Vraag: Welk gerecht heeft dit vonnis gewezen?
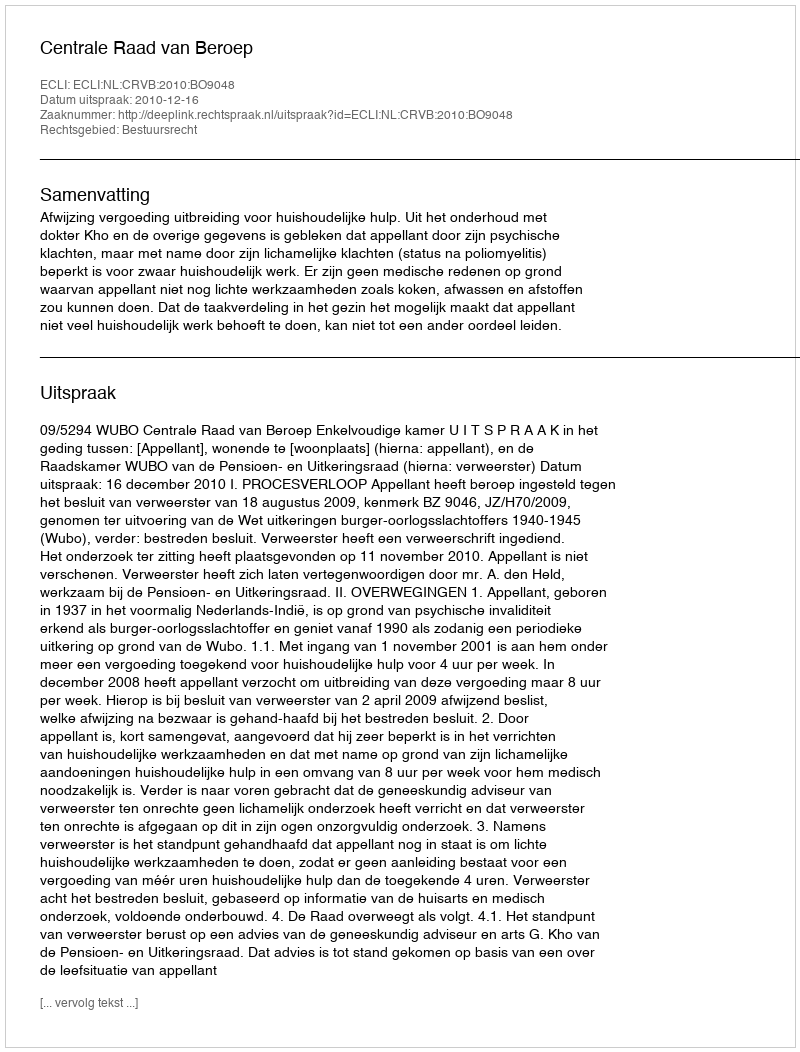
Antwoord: Centrale Raad van Beroep